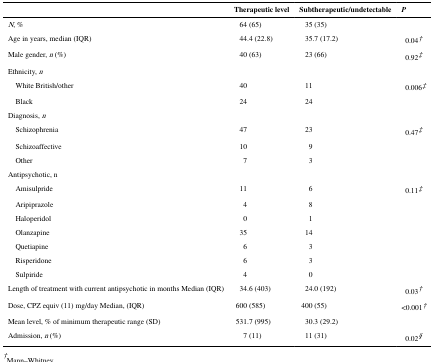
|  | Therapeutic level | Subtherapeutic/undetectable | P |
 | --- | --- | --- | --- |
 | N, % | 64 (65) | 35 (35) |  |
 | Age in years, median (IQR) | 44.4 (22.8) | 35.7 (17.2) | 0.04† |
 | Male gender, n (%) | 40 (63) | 23 (66) | 0.92‡ |
 | <COLSPAN=4> Ethnicity, n |
 | WhiteBritish/other | 40 | 11 | 0.006‡ |
 | Black | 24 | 24 |  |
 | <COLSPAN=4> Diagnosis, n |
 | Schizophrenia | 47 | 23 | 0.47‡ |
 | Schizoaffective | 10 | 9 |  |
 | Other | 7 | 3 |  |
 | <COLSPAN=4> Antipsychotic, n |
 | Amisulpride | 11 | 6 | 0.11‡ |
 | Aripiprazole | 4 | 8 |  |
 | Haloperidol | 0 | 1 |  |
 | Olanzapine | 35 | 14 |  |
 | Quetiapine | 6 | 3 |  |
 | Risperidone | 6 | 3 |  |
 | Sulpiride | 4 | 0 |  |
 | Length of treatment with current antipsychoticin months Median (IQR) | 34.6 (403) | 24.0 (192) | 0.03† |
 | Dose, CPZ equiv (11) mg/day Median, (IQR) | 600 (585) | 400 (55) | <0.001† |
 | Mean level, % of minimum therapeutic range(SD) | 531.7 (995) | 30.3 (29.2) |  |
 | Admission, n (%) | 7(11) | 11 (31) | 0.02§ |